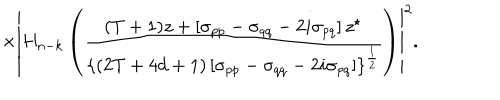
\times \left| H _ { n - k } \left( \frac { ( T + 1 ) z + \left[ \sigma _ { p p } - \sigma _ { q q } - 2 i \sigma _ { p q } \right] z ^ { \star } } { \left\{ ( 2 T + 4 d + 1 ) \left[ \sigma _ { p p } - \sigma _ { q q } - 2 i \sigma _ { p q } \right] \right\} ^ { \frac 1 2 } } \right) \right| ^ { 2 } .